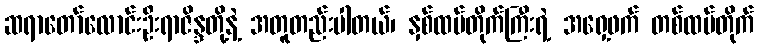
ဆရာတော်လောင်းဦးရာဇိန္ဒတို့နဲ့ အတူတည်းပါတယ်၊ နှစ်ထပ်တိုက်ကြီးရဲ့ အရှေ့ဖက် တစ်ထပ်တိုက်